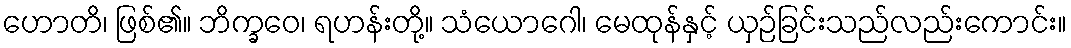
ဟောတိ၊ ဖြစ်၏။ ဘိက္ခဝေ၊ ရဟန်းတို့။ သံယောဂေါ၊ မေထုန်နှင့် ယှဉ်ခြင်းသည်လည်းကောင်း။